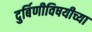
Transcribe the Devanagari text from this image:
दुर्बिणीविषयीच्या